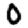
Digit: 0